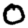
Digit: 0